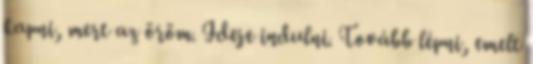
kapni, mert az öröm. Ideje indulni. Tovább lépni, emelt